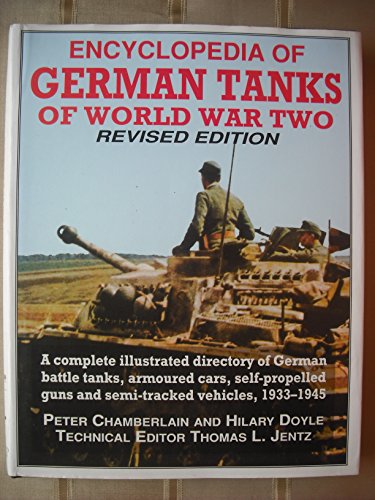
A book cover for Encyclopedia of German Tanks of World War Two: A Complete Illustrated Directory of German Battle Tanks, Armoured Cars, Self-Propelled Guns and Semi-; Peter Chamberlain; Reference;